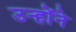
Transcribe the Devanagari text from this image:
उन्होंंने